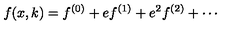
f ( x , k ) = f ^ { ( 0 ) } + e f ^ { ( 1 ) } + e ^ { 2 } f ^ { ( 2 ) } + \cdots